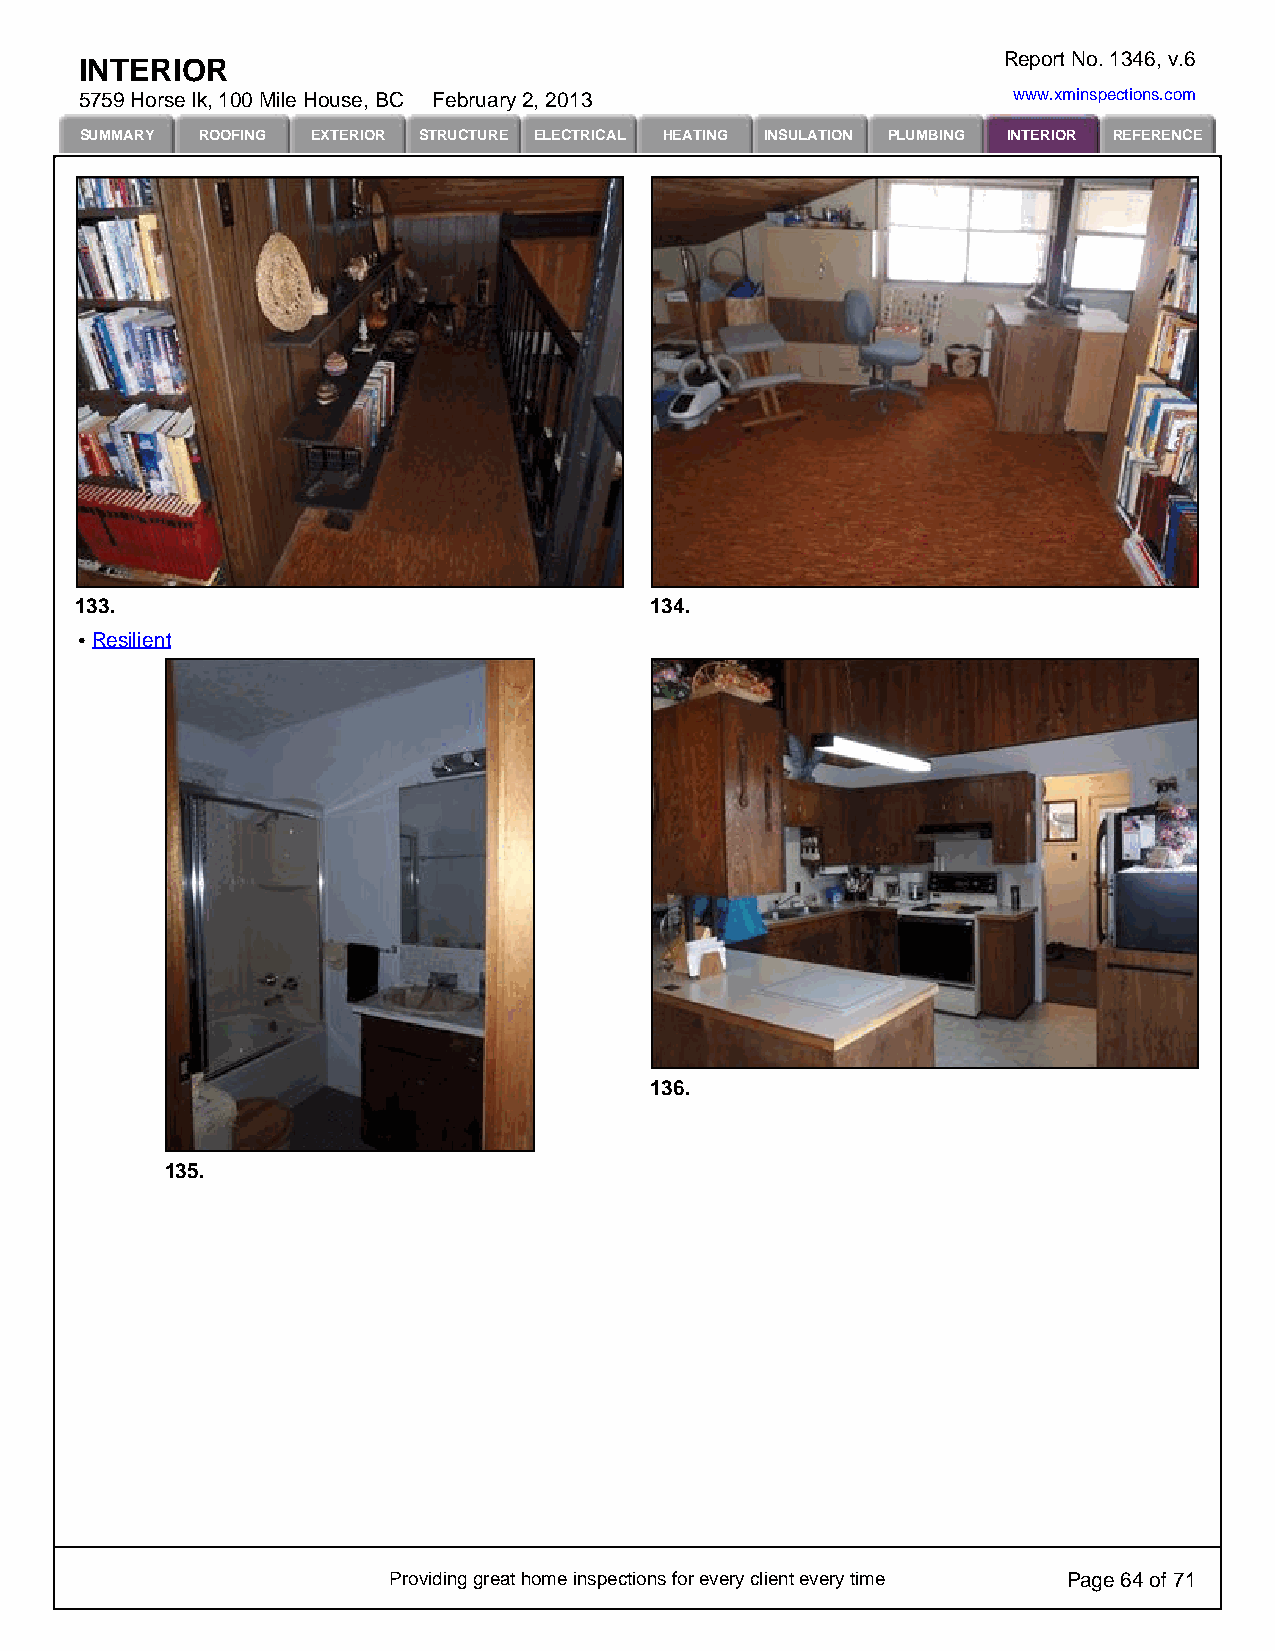
Report No. 1346, v.6
 INTERIOR
 5759 Horse lk, 100 Mile House, BC February 2, 2013            www.xminspections.com
 SUMMARY ROOFING EXTERIOR STRUCTURE ELECTRICAL HEATING INSULATION PLUMBING INTERIOR REFERENCE
 133.                                  134.
 Resilient
 136.
 135.
 Providing great home inspections for every client every time Page 64 of 71